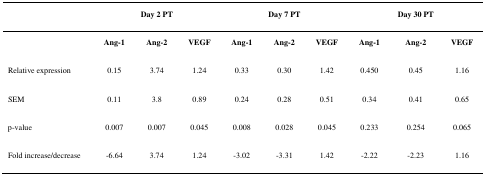
<table><thead><tr><td>[EMPTY_CELL]</td><td colspan="3"><b>Day 2 PT</b></td><td colspan="3"><b>Day 7 PT</b></td><td colspan="3"><b>Day 30 PT</b></td></tr></thead><tbody><tr><td>[EMPTY_CELL]</td><td><b>Ang-1</b></td><td><b>Ang-2</b></td><td><b>VEGF</b></td><td><b>Ang-1</b></td><td><b>Ang-2</b></td><td><b>VEGF</b></td><td><b>Ang-1</b></td><td><b>Ang-2</b></td><td><b>VEGF</b></td></tr><tr><td>Relative expression</td><td>0.15</td><td>3.74</td><td>1.24</td><td>0.33</td><td>0.30</td><td>1.42</td><td>0.450</td><td>0.45</td><td>1.16</td></tr><tr><td>SEM</td><td>0.11</td><td>3.8</td><td>0.89</td><td>0.24</td><td>0.28</td><td>0.51</td><td>0.34</td><td>0.41</td><td>0.65</td></tr><tr><td>p-value</td><td>0.007</td><td>0.007</td><td>0.045</td><td>0.008</td><td>0.028</td><td>0.045</td><td>0.233</td><td>0.254</td><td>0.065</td></tr><tr><td>Fold increase/decrease</td><td>-6.64</td><td>3.74</td><td>1.24</td><td>-3.02</td><td>-3.31</td><td>1.42</td><td>-2.22</td><td>-2.23</td><td>1.16</td></tr></tbody></table>